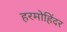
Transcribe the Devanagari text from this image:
हरमोहिंदर